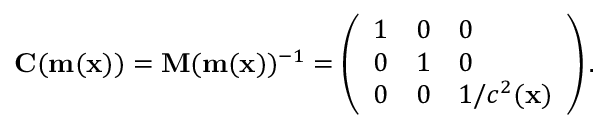
\mathbf { C } ( \mathbf { m } ( \mathbf { x } ) ) = \mathbf { M } ( \mathbf { m } ( \mathbf { x } ) ) ^ { - 1 } = \left( \begin{array} { l l l } { 1 } & { 0 } & { 0 } \\ { 0 } & { 1 } & { 0 } \\ { 0 } & { 0 } & { 1 / c ^ { 2 } ( \mathbf { x } ) } \end{array} \right) .